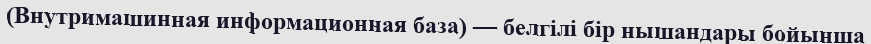
(Внутримашинная информационная база) — белгілі бір нышандары бойынша